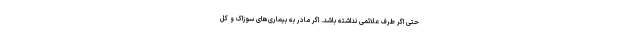
حتی اگر طرف علائمی نداشته باشد. اگر مادر به بیماری‌های سوزاک و کل